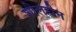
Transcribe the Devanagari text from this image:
शीलहीन